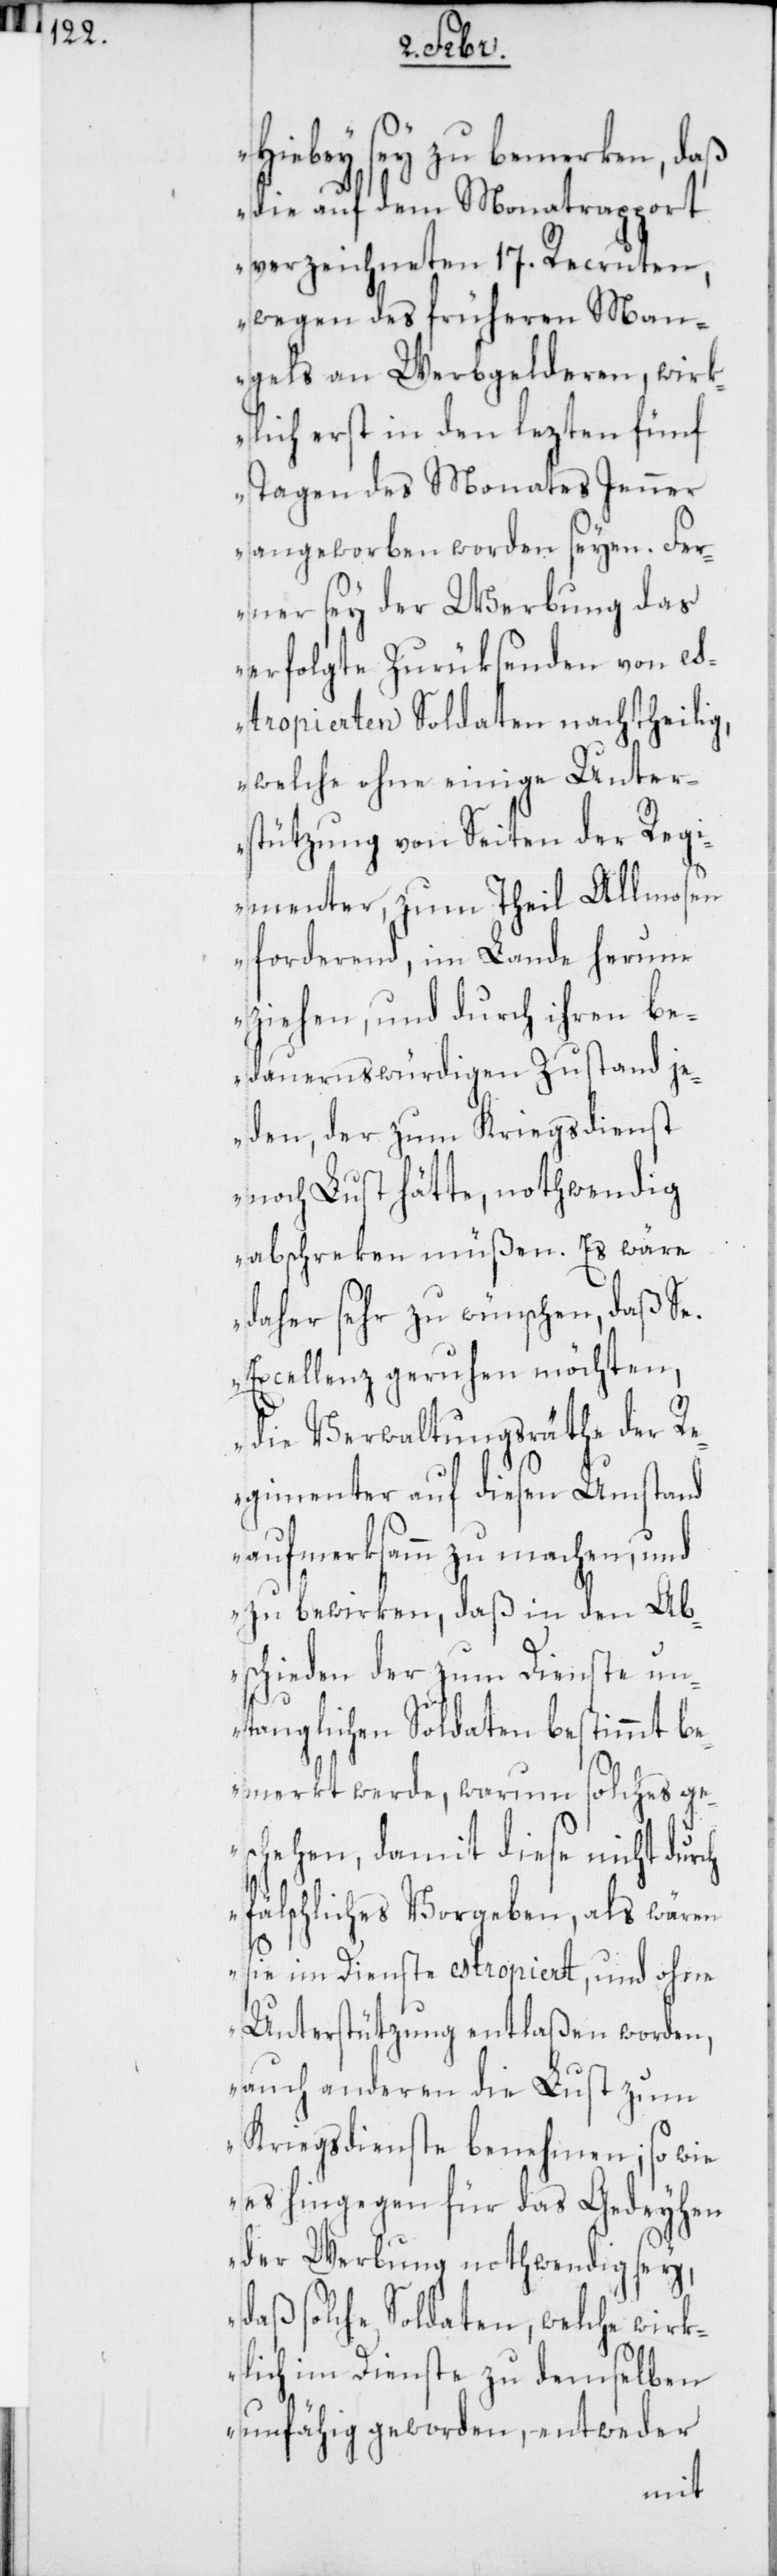
Hiebey sey zu bemerken, daß
die auf dem Monatsrapport
verzeichneten 17. Recruten,
wegen des früheren Man¬
gels an Werbgelderen, wirk¬
lich erst in den lezten fünf
Tagen des Monates Jenner
angeworben worden seyen. Fer¬
ner sey der Werbung das
erfolgte Zurüksenden von e¬
stropierten Soldaten nachtheilig,
welche ohne einige Unter¬
stützung von Seiten der Regi¬
menter, zum Theil Allmosen
forderend, im Lande herum¬
ziehen, und durch ihren be¬
dauernswürdigen Zustand je¬
den, der zum Kriegsdienst
noch Lust hätte, nothwendig
abschreken müßen. Es wäre
daher sehr zu wünschen, daß Se.
Excellenz geruhen möchten,
die Verwaltungsräthe der R¬
egimenter auf diesen Umstand
aufmerksam zu machen, und
zu bewirken, daß in den Ab¬
schieden der zum Dienste un¬
tauglichen Soldaten bestimmt be¬
merkt werde, warum solches ge¬
schehen, damit diese nicht durch
fälschliches Vorgeben, als wären
sie im Dienst estropiert, und ohne
Unterstützung entlaßen worden,
auch anderen die Lust zum
Kriegsdienste benehmen; so wie
es hingegen für das Gedeyhen
der Werbung nothwendig sey,
daß solche Soldaten, welche wirk¬
lich im Dienste zu demselben
unfähig geworden, entweder